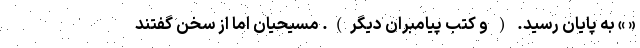
« » به پایان رسید. ( و کتب پیامبران دیگر). مسیحیان اما از سخن گفتند